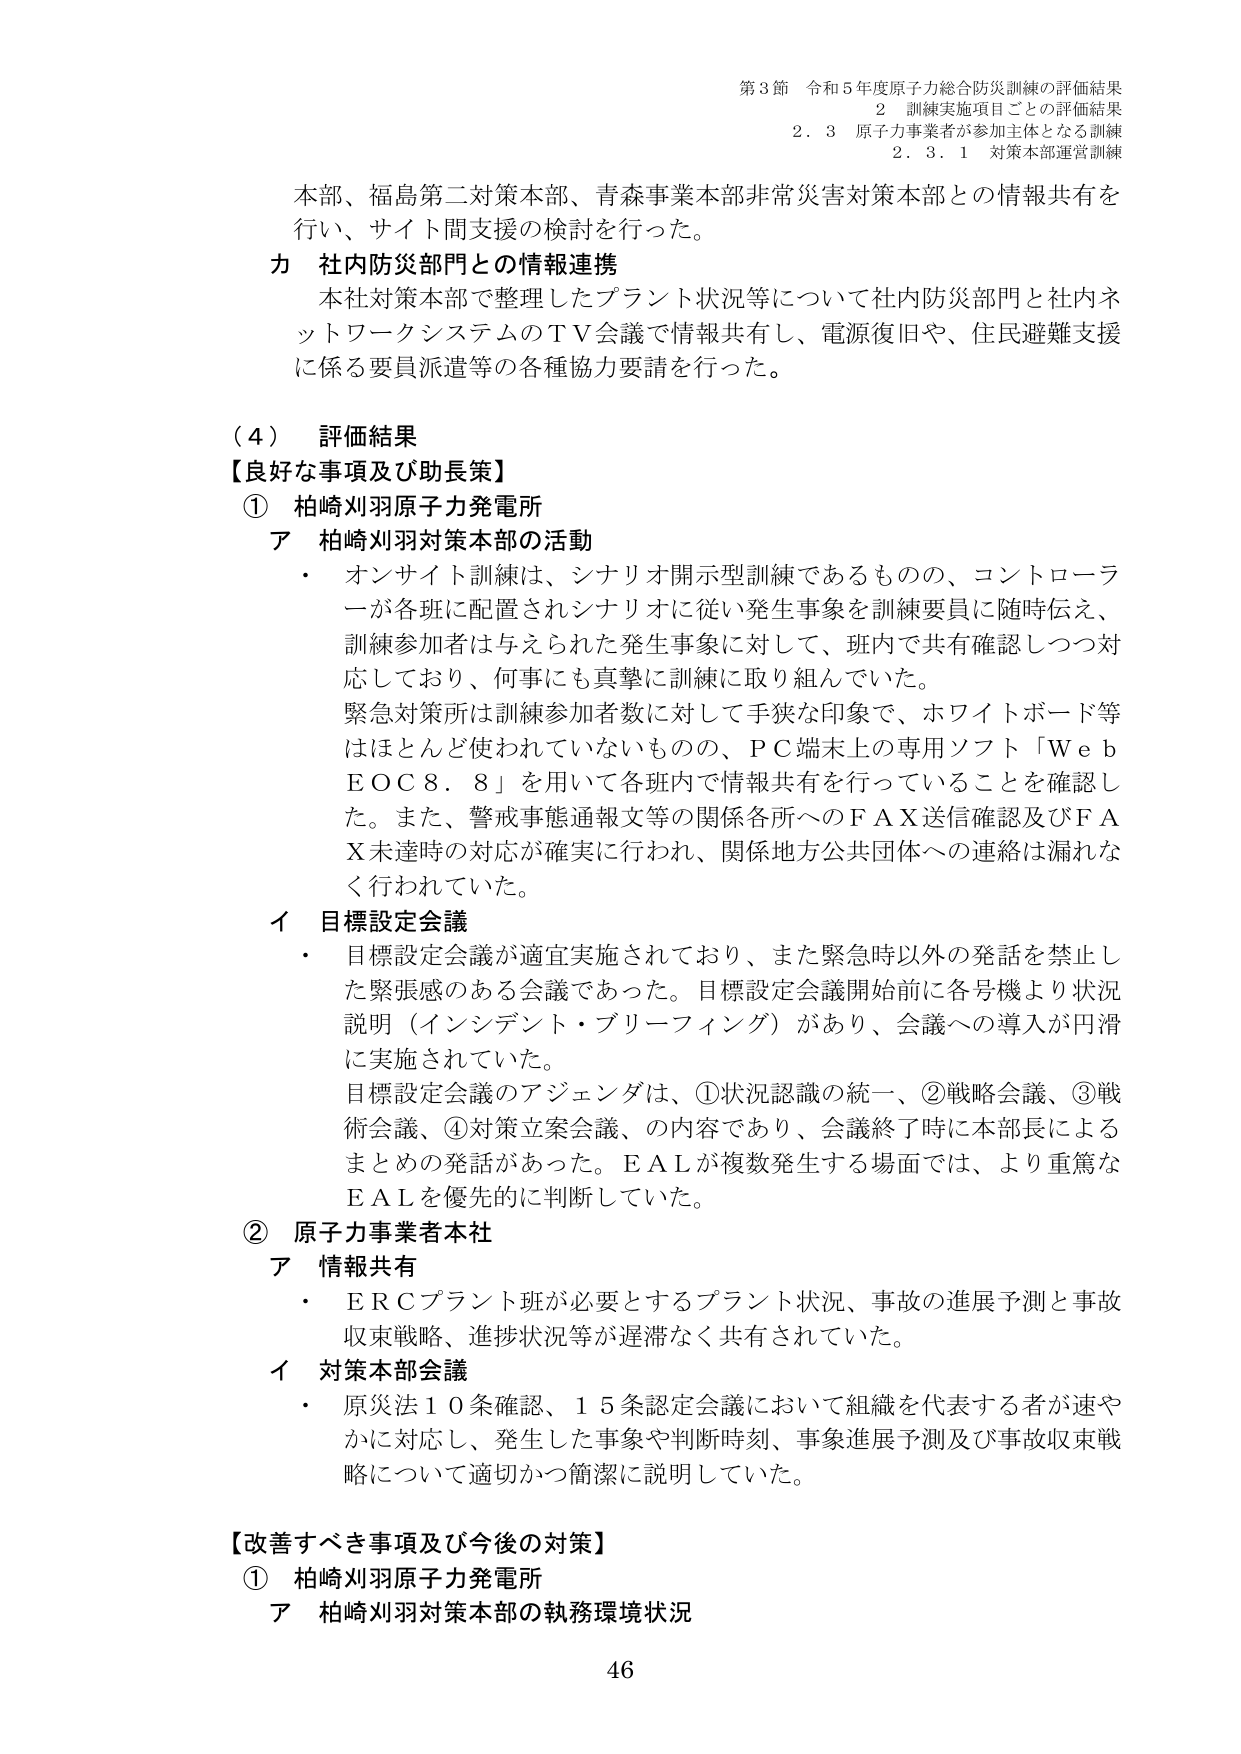
第3節 令和5年度原子力総合防災訓練の評価結果
2 訓練実施項目ごとの評価結果
2.3 原子力事業者が参加主体となる訓練
2.3.1 対策本部運営訓練

本部、福島第二対策本部、青森事業本部非常災害対策本部との情報共有を行い、サイト間支援の検討を行った。

カ 社内防災部門との情報連携
本社対策本部で整理したプラント状況等について社内防災部門と社内ネットワークシステムのＴＶ会議で情報共有し、電源復旧や、住民避難支援に係る要員派遣等の各種協力要請を行った。

（4） 評価結果
【良好な事項及び助長策】
① 柏崎刈羽原子力発電所
ア 柏崎刈羽対策本部の活動
・ オンサイト訓練は、シナリオ開示型訓練であるものの、コントローラーが各班に配置されシナリオに従い発生事象を訓練要員に随時伝え、訓練参加者は与えられた発生事象に対して、班内で共有確認しつつ対応しており、何事にも真摯に訓練に取り組んでいた。
緊急対策所は訓練参加者数に対して手狭な印象で、ホワイトボード等はほとんど使われていないものの、ＰＣ端末上の専用ソフト「ＷｅｂＥＯＣ８．８」を用いて各班内で情報共有を行っていることを確認した。また、警戒事態通報文等の関係各所へのＦＡＸ送信確認及びＦＡＸ未達時の対応が確実に行われ、関係地方公共団体への連絡は漏れなく行われていた。

イ 目標設定会議
・ 目標設定会議が適宜実施されており、また緊急時以外の発話を禁止した緊張感のある会議であった。目標設定会議開始前に各号機より状況説明（インシデント・ブリーフィング）があり、会議への導入が円滑に実施されていた。
目標設定会議のアジェンダは、①状況認識の統一、②戦略会議、③戦術会議、④対策立案会議、の内容であり、会議終了時に本部長によるまとめの発話があった。ＥＡＬが複数発生する場面では、より重篤なＥＡＬを優先的に判断していた。

② 原子力事業者本社
ア 情報共有
・ ＥＲＣプラント班が必要とするプラント状況、事故の進展予測と事故収束戦略、進捗状況等が遅滞なく共有されていた。

イ 対策本部会議
・ 原災法10条確認、15条認定会議において組織を代表する者が速やかに対応し、発生した事象や判断時刻、事象進展予測及び事故収束戦略について適切かつ簡潔に説明していた。

【改善すべき事項及び今後の対策】
① 柏崎刈羽原子力発電所
ア 柏崎刈羽対策本部の執務環境状況

46